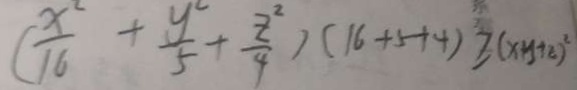
( \frac { x ^ { 2 } } { 1 6 } + \frac { y ^ { 2 } } { 5 } + \frac { z ^ { 2 } } { 4 } ) ( 1 6 + 5 + 4 ) \geq ( x y + z ) ^ { 2 }